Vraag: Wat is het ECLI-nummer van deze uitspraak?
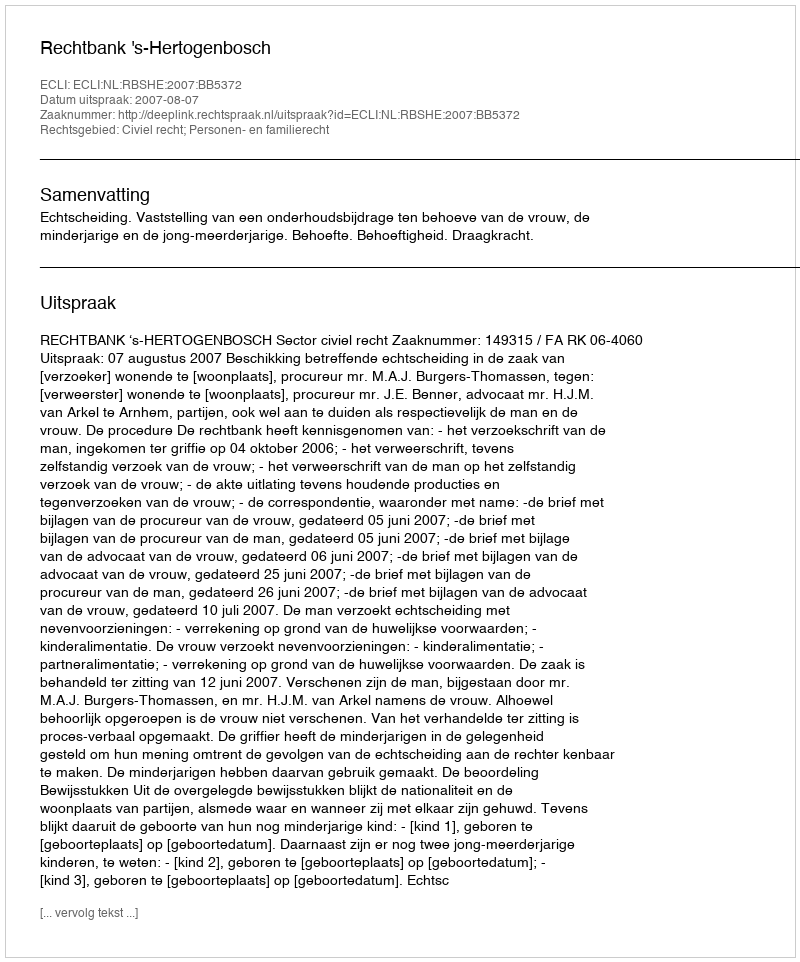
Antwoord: ECLI:NL:RBSHE:2007:BB5372